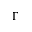
\Gamma